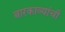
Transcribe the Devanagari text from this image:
बारकाव्यांची